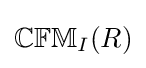
\mathbb {CFM} _{I}(R)